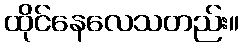
ထိုင်နေလေသတည်း။